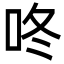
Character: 咚